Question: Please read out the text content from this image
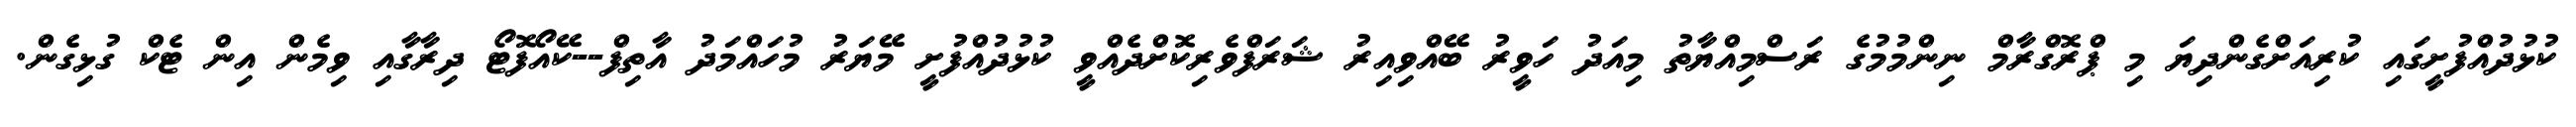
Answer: ކުޅުދުއްފުށީގައި ކުރިއަށްގެންދިޔަ މި ޕްރޮގްރާމް ނިންމުމުގެ ރަސްމިއްޔާތު މިއަދު ހަވީރު ބޭއްވިއިރު ޝަރަފްވެރިކޮށްދެއްވީ ކުޅުދުއްފުށީ މޭޔަރު މުހައްމަދު އާތިފް--ކޭއޯފޮޓޯ ދިރާގާއި ވިމެން އިން ޓެކް ގުޅިގެން.